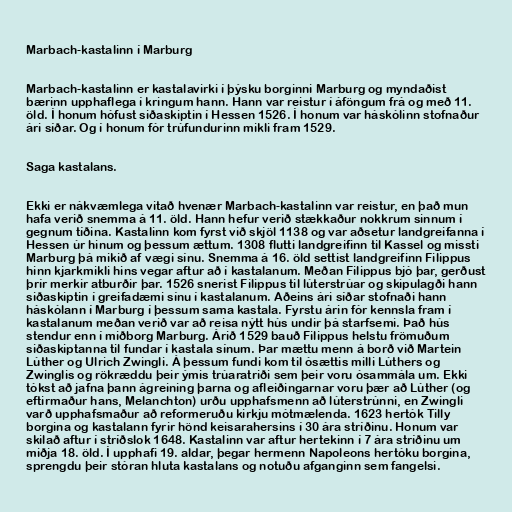
Marbach-kastalinn í Marburg

Marbach-kastalinn er kastalavirki í þýsku borginni Marburg og myndaðist
bærinn upphaflega í kringum hann. Hann var reistur í áföngum frá og með 11.
öld. Í honum hófust siðaskiptin í Hessen 1526. Í honum var háskólinn stofnaður
ári síðar. Og í honum fór trúfundurinn mikli fram 1529.

Saga kastalans.

Ekki er nákvæmlega vitað hvenær Marbach-kastalinn var reistur, en það mun
hafa verið snemma á 11. öld. Hann hefur verið stækkaður nokkrum sinnum í
gegnum tíðina. Kastalinn kom fyrst við skjöl 1138 og var aðsetur landgreifanna í
Hessen úr hinum og þessum ættum. 1308 flutti landgreifinn til Kassel og missti
Marburg þá mikið af vægi sínu. Snemma á 16. öld settist landgreifinn Filippus
hinn kjarkmikli hins vegar aftur að í kastalanum. Meðan Filippus bjó þar, gerðust
þrír merkir atburðir þar. 1526 snerist Filippus til lúterstrúar og skipulagði hann
siðaskiptin í greifadæmi sínu í kastalanum. Aðeins ári síðar stofnaði hann
háskólann í Marburg í þessum sama kastala. Fyrstu árin fór kennsla fram í
kastalanum meðan verið var að reisa nýtt hús undir þá starfsemi. Það hús
stendur enn í miðborg Marburg. Árið 1529 bauð Filippus helstu frömuðum
siðaskiptanna til fundar í kastala sínum. Þar mættu menn á borð við Martein
Lúther og Ulrich Zwingli. Á þessum fundi kom til ósættis milli Lúthers og
Zwinglis og rökræddu þeir ýmis trúaratriði sem þeir voru ósammála um. Ekki
tókst að jafna þann ágreining þarna og afleiðingarnar voru þær að Lúther (og
eftirmaður hans, Melanchton) urðu upphafsmenn að lúterstrúnni, en Zwingli
varð upphafsmaður að reformeruðu kirkju mótmælenda. 1623 hertók Tilly
borgina og kastalann fyrir hönd keisarahersins í 30 ára stríðinu. Honum var
skilað aftur í stríðslok 1648. Kastalinn var aftur hertekinn í 7 ára stríðinu um
miðja 18. öld. Í upphafi 19. aldar, þegar hermenn Napoleons hertóku borgina,
sprengdu þeir stóran hluta kastalans og notuðu afganginn sem fangelsi.